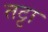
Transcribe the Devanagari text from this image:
तट्टा